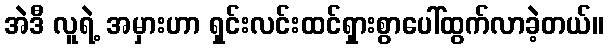
အဲဒီ လူရဲ့ အမှားဟာ ရှင်းလင်းထင်ရှားစွာပေါ်ထွက်လာခဲ့တယ်။